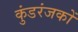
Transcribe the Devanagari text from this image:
कुंडरंजकों